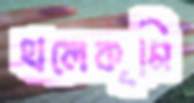
থলেকৃমি